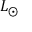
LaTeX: \begin{array} { l } { L _ { \bigodot } } \end{array}